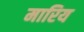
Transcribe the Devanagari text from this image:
मारिय